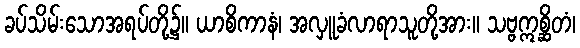
ခပ်သိမ်းသောအရပ်တို့၌။ ယာစိကာနံ၊ အလှူခံလာရာသူတို့အား။ သဗ္ဗဣစ္ဆိတံ၊